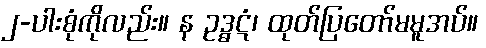
၂-ပါးစုံကိုလည်း။ န ဥဒ္ဓဋံ၊ ထုတ်ပြတော်မမူအပ်။